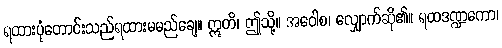
ရထားပုံတောင်းသည်ရထားမမည်ချေ။ ဣတိ၊ ဤသို့။ အဝေါစ၊ လျှောက်ဆို၏။ ရထဒဏ္ဍကော၊